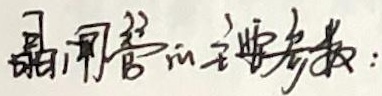
晶闸管的主要参数：